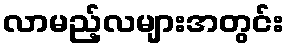
လာမည့်လများအတွင်း